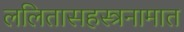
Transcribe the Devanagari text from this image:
ललितासहस्त्रनामात